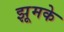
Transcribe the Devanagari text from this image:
झूमके